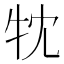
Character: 𤘣